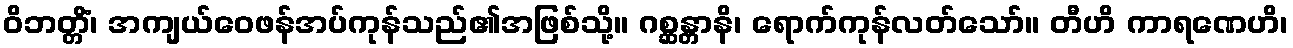
ဝိဘတ္တိံ၊ အကျယ်ဝေဖန်အပ်ကုန်သည်၏အဖြစ်သို့။ ဂစ္ဆန္တာနိ၊ ရောက်ကုန်လတ်သော်။ တီဟိ ကာရဏေဟိ၊